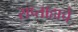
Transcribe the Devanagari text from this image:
सप्ताहाचे